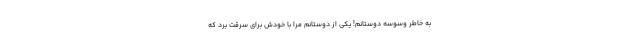
به خاطر وسوسه دوستانم! یکی از دوستانم مرا با خودش برای سرقت برد که